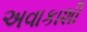
અવાકાશી